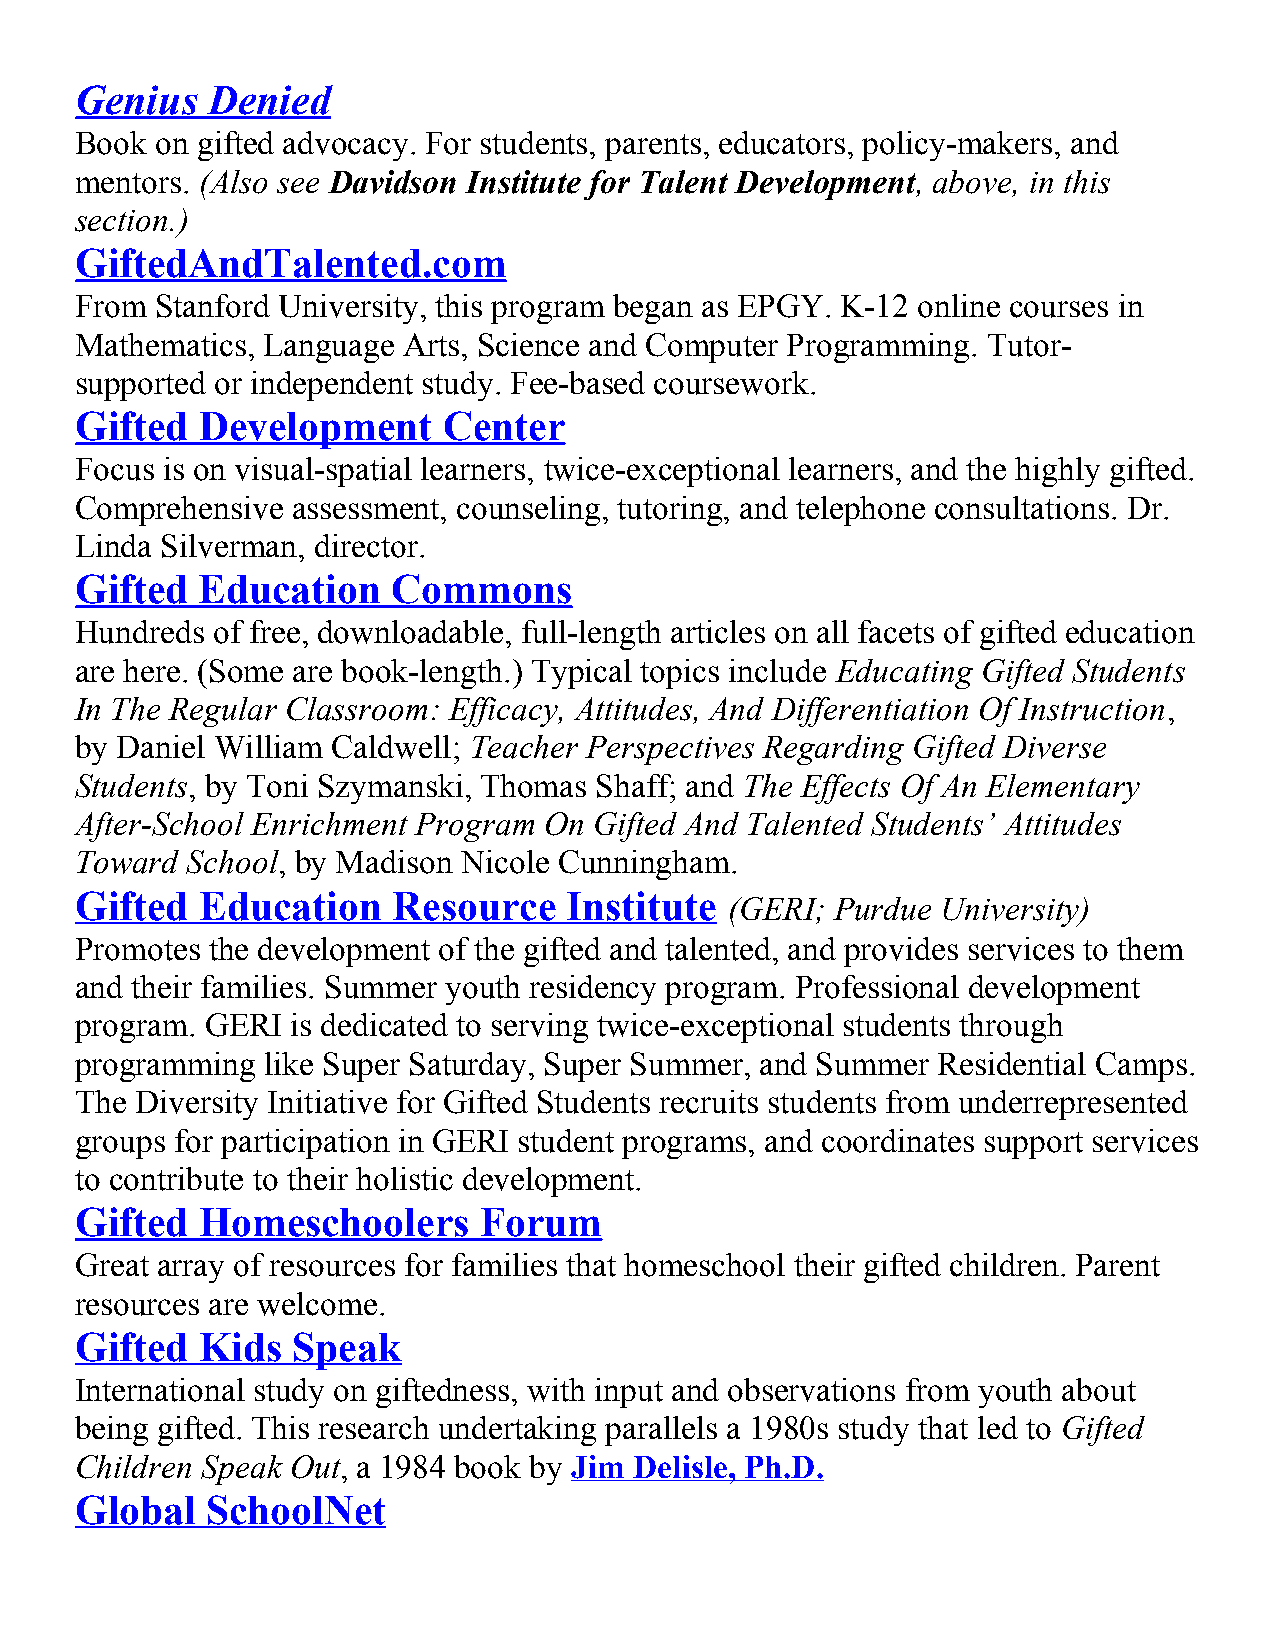
Genius   Denied
 Book on gifted advocacy. For students, parents, educators, policy-makers, and
 mentors. (Also see Davidson Institute for Talent Development, above, in this
 section.)
 GiftedAndTalented.com
 From Stanford University, this program began as EPGY. K-12 online courses in
 Mathematics, Language Arts, Science and Computer Programming. Tutor-
 supported or independent study. Fee-based coursework.
 Gifted  Development     Center
 Focus is on visual-spatial learners, twice-exceptional learners, and the highly gifted.
 Comprehensive assessment, counseling, tutoring, and telephone consultations. Dr.
 Linda Silverman, director.
 Gifted  Education    Commons
 Hundreds of free, downloadable, full-length articles on all facets of gifted education
 are here. (Some are book-length.) Typical topics include Educating Gifted Students
 In The Regular Classroom: Efficacy, Attitudes, And Differentiation Of Instruction,
 by Daniel William Caldwell; Teacher Perspectives Regarding Gifted Diverse
 Students, by Toni Szymanski, Thomas Shaff; and The Effects Of An Elementary
 After-School Enrichment Program On Gifted And Talented Students’ Attitudes
 Toward School, by Madison Nicole Cunningham.
 Gifted  Education    Resource    Institute
 (GERI; Purdue University)
 Promotes the development of the gifted and talented, and provides services to them
 and their families. Summer youth residency program. Professional development
 program. GERI is dedicated to serving twice-exceptional students through
 programming  like Super Saturday, Super Summer, and Summer Residential Camps.
 The Diversity Initiative for Gifted Students recruits students from underrepresented
 groups for participation in GERI student programs, and coordinates support services
 to contribute to their holistic development.
 Gifted  Homeschoolers      Forum
 Great array of resources for families that homeschool their gifted children. Parent
 resources are welcome.
 Gifted  Kids  Speak
 International study on giftedness, with input and observations from youth about
 being gifted. This research undertaking parallels a 1980s study that led to Gifted
 Children Speak Out, a 1984 book by Jim Delisle, Ph.D.
 Global   SchoolNet